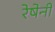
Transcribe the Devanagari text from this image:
रेषेनी